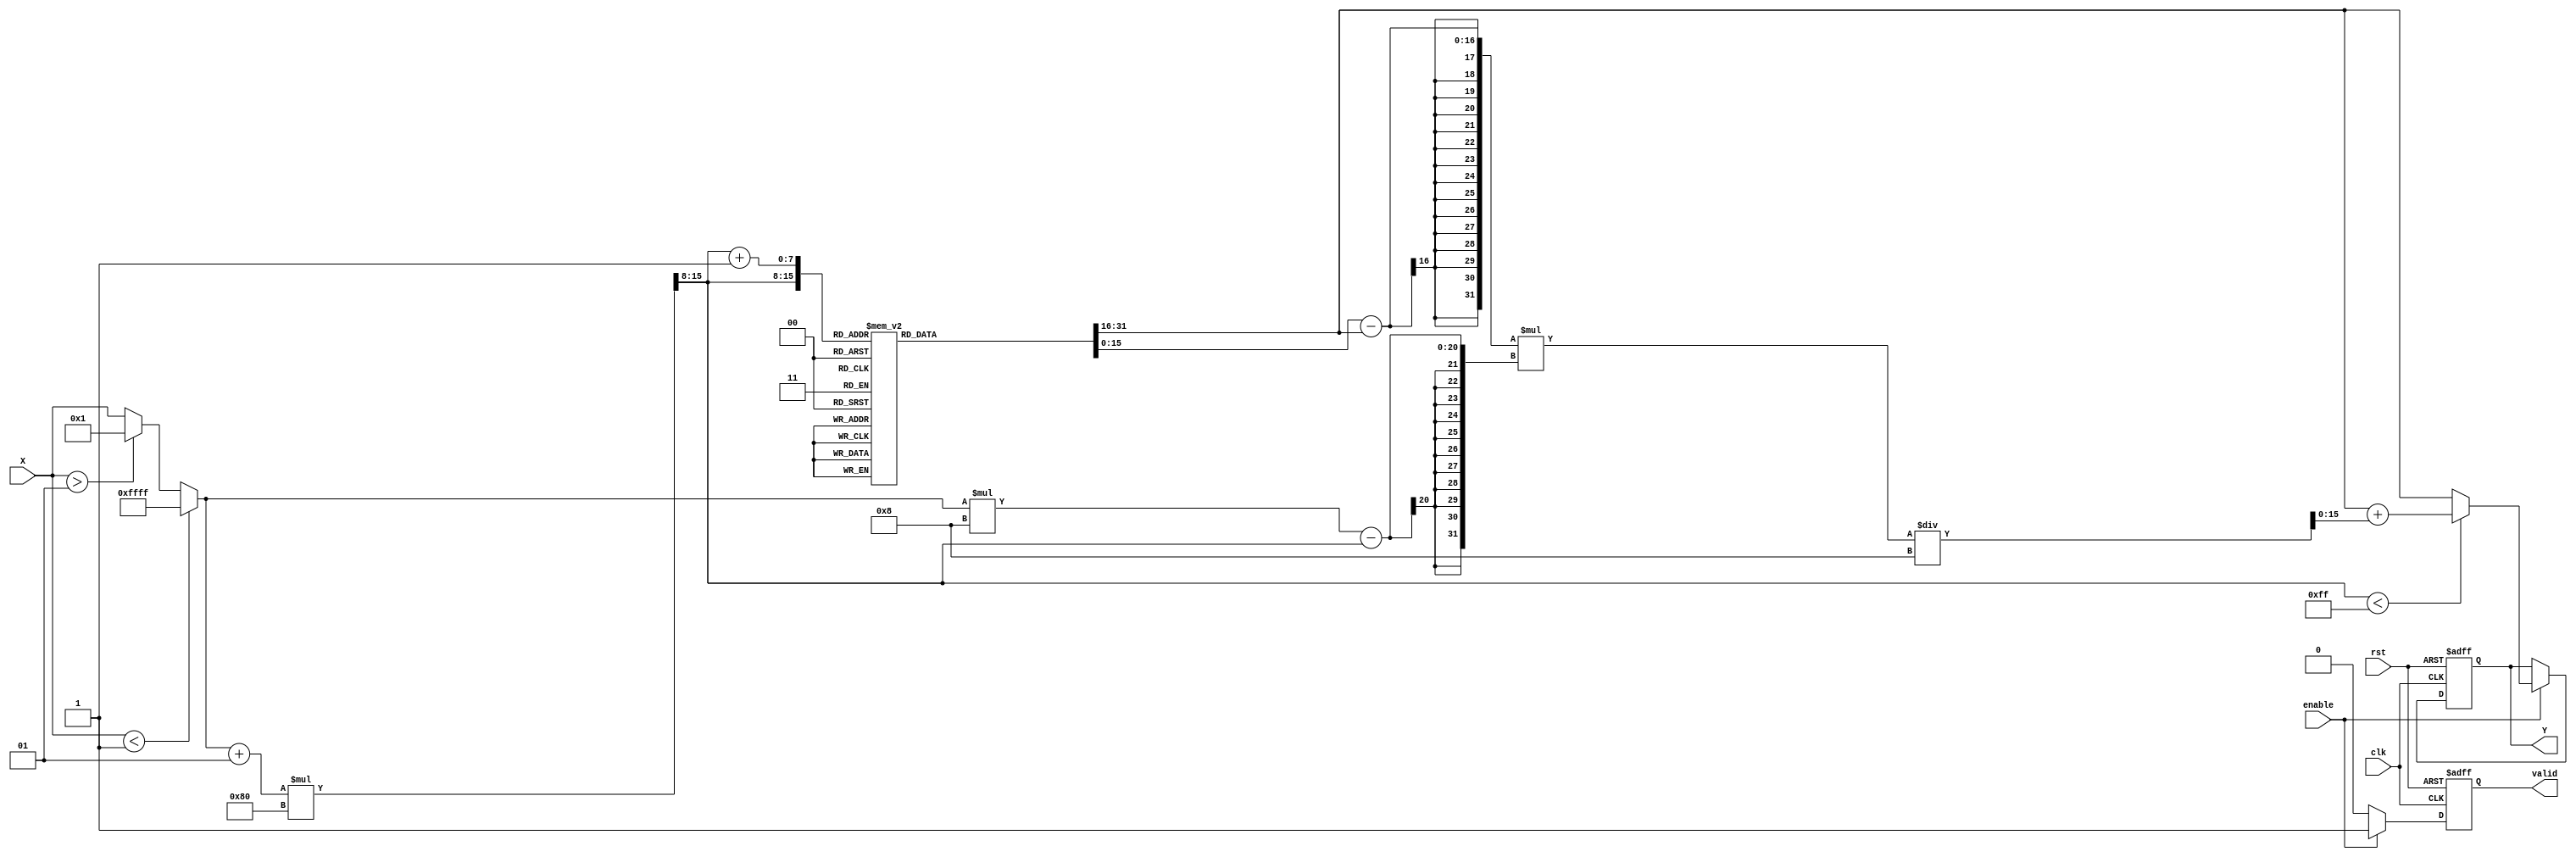
module atan_block (
    input wire clk,
    input wire rst,
    input wire enable,
    input wire signed [15:0] X,  // Input: Fixed-point representation of tangent value
    output reg signed [15:0] Y,   // Output: Fixed-point representation of angle in radians
    output reg valid              // Output valid signal
);

// Parameters for atan computation
parameter LUT_SIZE = 256;       // Size of the lookup table
parameter LUT_WIDTH = 16;       // Width of LUT values (fixed-point representation)
parameter INTERPOLATION_SCALE = 8; // Scale for interpolation

// Lookup table for atan values (example values)
reg signed [LUT_WIDTH-1:0] atan_lut [0:LUT_SIZE-1];

// Initialize the lookup table
initial begin
    // Fill the LUT with precomputed atan values
    // atan_lut[0] = atan(-1); // e.g., -/4
    // atan_lut[1] = atan(-0.99);
    // ...
    // atan_lut[255] = atan(1); // e.g., /4
    // This is just an example; you should fill it with actual values
end

// Internal signals
reg signed [LUT_WIDTH-1:0] lut_value1, lut_value2;
reg signed [15:0] x_normalized;
reg [7:0] index1, index2;
reg signed [LUT_WIDTH-1:0] interpolated_value;

// Normalize input
always @(*) begin
    if (X < -1) begin
        x_normalized = -1;
    end else if (X > 1) begin
        x_normalized = 1;
    end else begin
        x_normalized = X;
    end
end

// Compute LUT indices based on normalized input
always @(*) begin
    index1 = ((x_normalized + 1) * (LUT_SIZE / 2)) >> 8; // Scale to LUT size
    index2 = index1 + 1;
    lut_value1 = atan_lut[index1];
    lut_value2 = atan_lut[index2];
end

// Compute interpolated value
always @(*) begin
    if (index1 < LUT_SIZE - 1) begin
        // Linear interpolation
        interpolated_value = lut_value1 + ((lut_value2 - lut_value1) * ((x_normalized * INTERPOLATION_SCALE) - index1)) / INTERPOLATION_SCALE;
    end else begin
        interpolated_value = lut_value1; // No interpolation needed
    end
end

// Output logic
always @(posedge clk or posedge rst) begin
    if (rst) begin
        Y <= 0;
        valid <= 0;
    end else if (enable) begin
        Y <= interpolated_value;
        valid <= 1; // Output is valid
    end else begin
        valid <= 0; // Output not valid
    end
end

endmodule